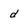
Character: d